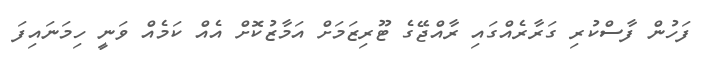
ފަހުން ފާސްކުރި ގަރާރެއްގައި ރާއްޖޭގެ ޓޫރިޒަމަށް އަމާޒުކޮށް އެއް ކަމެއް ވަނީ ހިމަނައިފަ